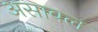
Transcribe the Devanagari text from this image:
असावल